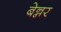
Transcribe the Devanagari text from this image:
बेन्नर